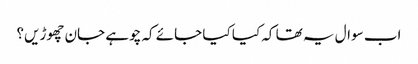
اب سوال یہ تھا کہ کیا کیا جائے کہ چوہے جان چھوڑیں؟